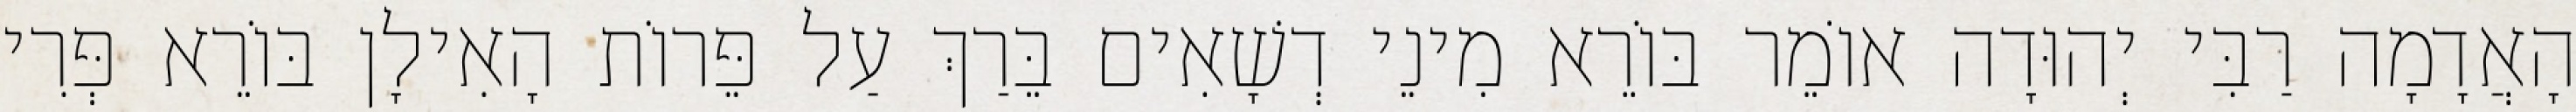
הָאֲדָמָה רַבִּי יְהוּדָה אוֹמֵר בּוֹרֵא מִינֵי דְשָׁאִים בֵּרַךְ עַל פֵּרוֹת הָאִילָן בּוֹרֵא פְּרִי